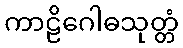
ကာဠိဂေါဓသုတ္တံ